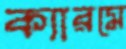
ক্যারমে